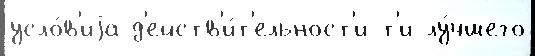
усло́в'иjа д'ейств'и́т'ельност'и т'и лу́чшего